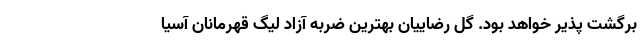
برگشت پذیر خواهد بود. گل رضاییان بهترین ضربه آزاد لیگ قهرمانان آسیا